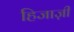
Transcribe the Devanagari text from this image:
हिजाज़ी